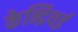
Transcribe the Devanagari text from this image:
केन्द्रिथई